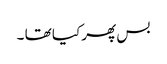
بس پھر کیا تھا ۔